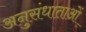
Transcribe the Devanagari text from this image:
अनुसंधाताओं